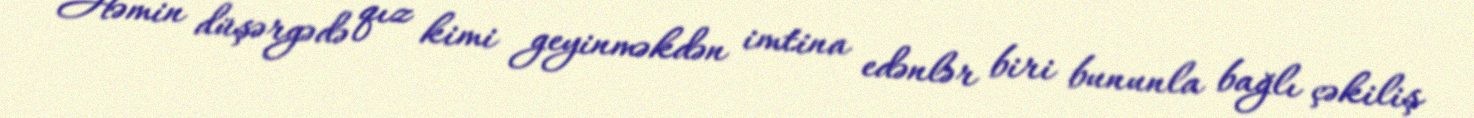
Həmin düşərgədə qız kimi geyinməkdən imtina edənlər biri bununla bağlı çəkiliş